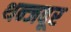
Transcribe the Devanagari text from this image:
थन्जवूर